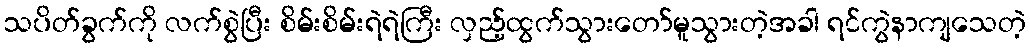
သပိတ်ခွက်ကို လက်စွဲပြီး စိမ်းစိမ်းရဲရဲကြီး လှည့်ထွက်သွားတော်မူသွားတဲ့အခါ ရင်ကွဲနာကျသေတဲ့